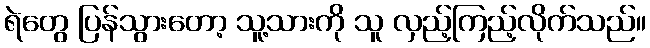
ရဲတွေ ပြန်သွားတော့ သူ့သားကို သူ လှည့်ကြည့်လိုက်သည်။